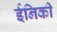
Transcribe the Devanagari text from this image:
ईनिकी